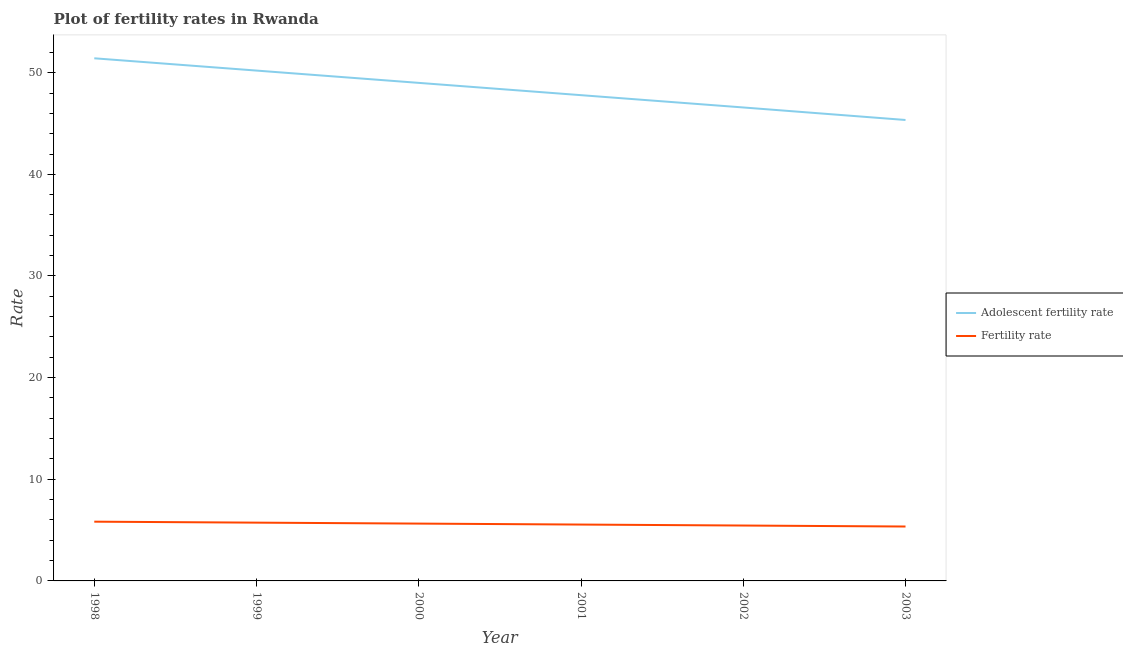
| Year | Adolescent fertility rate | Fertility rate |
 | --- | --- | --- |
 | 1998 | 51.4 | 5.83 |
 | 1999 | 50.2 | 5.73 |
 | 2000 | 49 | 5.64 |
 | 2001 | 47.8 | 5.54 |
 | 2002 | 46.6 | 5.45 |
 | 2003 | 45.3 | 5.35 |